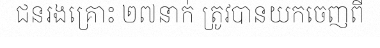
ជនរងគ្រោះ ២៧នាក់ ត្រូវបានយកចេញពី